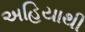
અહિયાથી